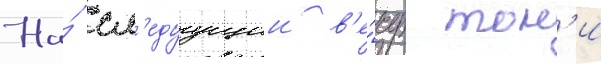
На́ сл'едуущии в'е́чер тон'и